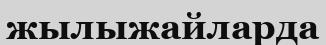
жылыжайларда